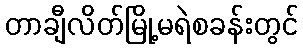
တာချီလိတ်မြို့မရဲစခန်းတွင်